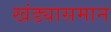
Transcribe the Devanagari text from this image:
खंड्यासमान